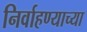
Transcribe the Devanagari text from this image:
निर्वाहण्याच्या